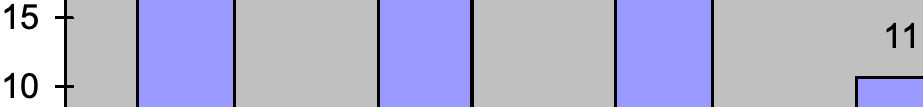
15 11 10